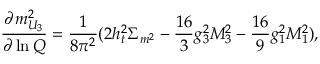
\frac { \partial m _ { U _ { 3 } } ^ { 2 } } { \partial \ln Q } = \frac { 1 } { 8 \pi ^ { 2 } } ( 2 h _ { t } ^ { 2 } \Sigma _ { m ^ { 2 } } - \frac { 1 6 } { 3 } g _ { 3 } ^ { 2 } M _ { 3 } ^ { 2 } - \frac { 1 6 } { 9 } g _ { 1 } ^ { 2 } M _ { 1 } ^ { 2 } ) ,